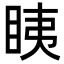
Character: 眱